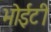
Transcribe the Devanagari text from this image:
भोईटी